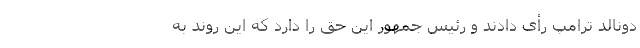
دونالد ترامپ رأی دادند و رئیس جمهور این حق را دارد که این روند به